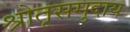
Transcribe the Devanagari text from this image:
श्रोतृसमुदाय